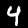
Label: 4